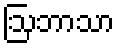
ဩဘာသာ